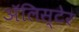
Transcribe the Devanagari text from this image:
अॅलिस्टेर